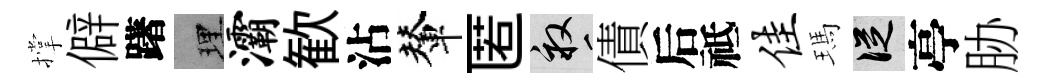
撑僻躇理灞歓沾輦匿畝債后祗佳瑪從亭胁